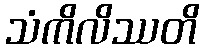
သံကိလိဿတိ